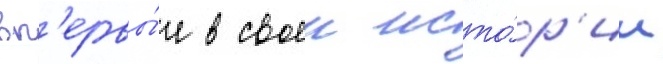
вп'ервы́е в своеи исто́р'ии